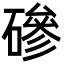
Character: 磣